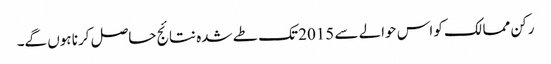
رکن ممالک کو اس حوالے سے 2015 تک طے شدہ نتائج حاصل کرنا ہوں گے۔